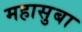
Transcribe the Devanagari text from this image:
महासुबा